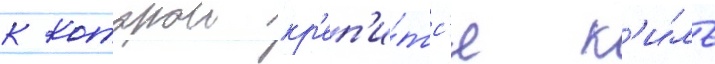
к которои кр'еп'и́тс'я к'и́ль